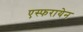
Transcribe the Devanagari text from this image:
एस्फरायेन